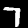
Label: 7